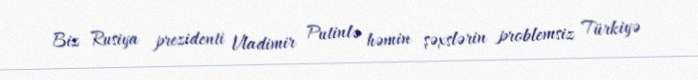
Biz Rusiya prezidenti Vladimir Putinlə həmin şəxslərin problemsiz Türkiyə